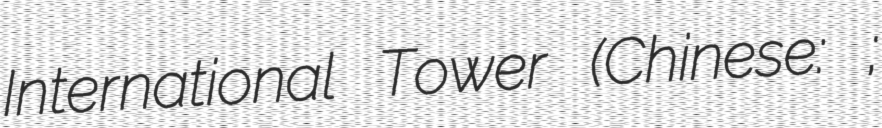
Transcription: International Tower (Chinese: 世華國際大樓;